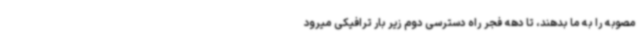
مصوبه را به ما بدهند، تا دهه فجر راه دسترسی دوم زیر بار ترافیکی میرود